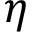
\eta